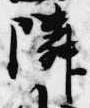
隣